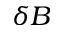
\delta B